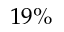
1 9 \%